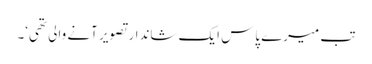
تب میرے پاس ایک شاندار تصویر آنے والی تھی‘۔